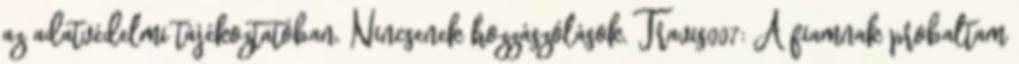
az adatvédelmi tájékoztatóban. Nincsenek hozzászólások. Travis007: A fiamnak probaltam